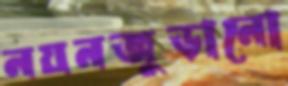
নয়নজুড়ানো